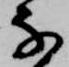
な